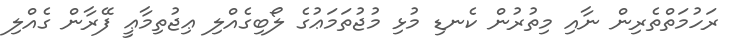
ރަހުމަތްތެރިން ނާއި މިތުރުން ކެނޑި މުޅި މުޖުތަމަޢުގެ ލޯބިގެއްލި ޢިޖުތިމާޢީ ފޭރާން ގެއްލި